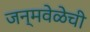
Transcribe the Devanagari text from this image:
जन्मवेळेची